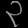
Digit: ၃